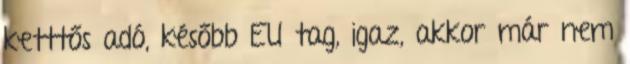
ketttős adó, később EU tag, igaz, akkor már nem